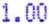
1.00